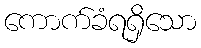
ကောက်ခံရရှိသော